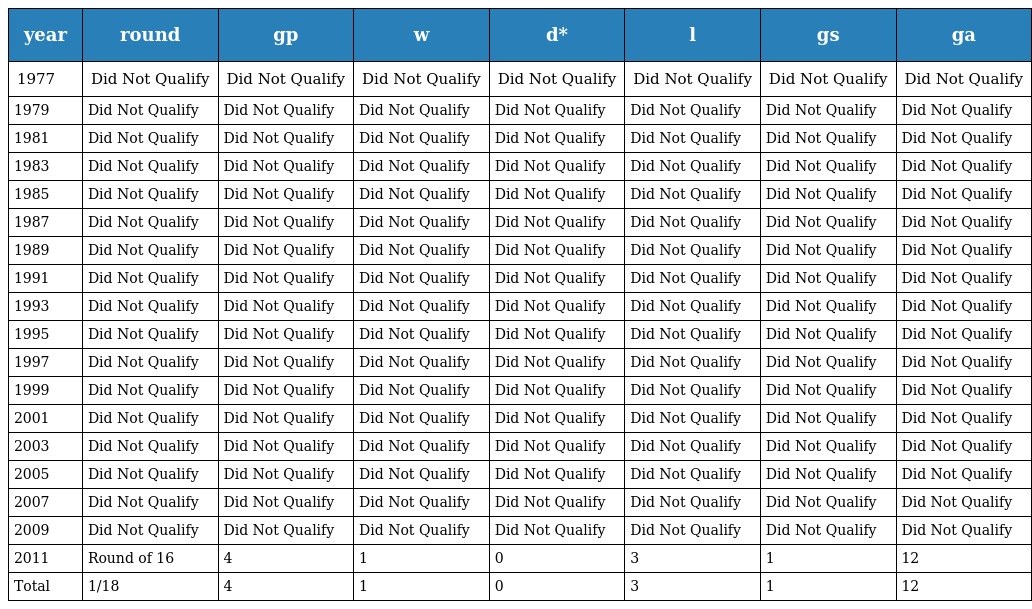
| year | round | gp | w | d* | l | gs | ga |
 | --- | --- | --- | --- | --- | --- | --- | --- |
 | 1977 | Did Not Qualify | Did Not Qualify | Did Not Qualify | Did Not Qualify | Did Not Qualify | Did Not Qualify | Did Not Qualify |
 | 1979 | Did Not Qualify | Did Not Qualify | Did Not Qualify | Did Not Qualify | Did Not Qualify | Did Not Qualify | Did Not Qualify |
 | 1981 | Did Not Qualify | Did Not Qualify | Did Not Qualify | Did Not Qualify | Did Not Qualify | Did Not Qualify | Did Not Qualify |
 | 1983 | Did Not Qualify | Did Not Qualify | Did Not Qualify | Did Not Qualify | Did Not Qualify | Did Not Qualify | Did Not Qualify |
 | 1985 | Did Not Qualify | Did Not Qualify | Did Not Qualify | Did Not Qualify | Did Not Qualify | Did Not Qualify | Did Not Qualify |
 | 1987 | Did Not Qualify | Did Not Qualify | Did Not Qualify | Did Not Qualify | Did Not Qualify | Did Not Qualify | Did Not Qualify |
 | 1989 | Did Not Qualify | Did Not Qualify | Did Not Qualify | Did Not Qualify | Did Not Qualify | Did Not Qualify | Did Not Qualify |
 | 1991 | Did Not Qualify | Did Not Qualify | Did Not Qualify | Did Not Qualify | Did Not Qualify | Did Not Qualify | Did Not Qualify |
 | 1993 | Did Not Qualify | Did Not Qualify | Did Not Qualify | Did Not Qualify | Did Not Qualify | Did Not Qualify | Did Not Qualify |
 | 1995 | Did Not Qualify | Did Not Qualify | Did Not Qualify | Did Not Qualify | Did Not Qualify | Did Not Qualify | Did Not Qualify |
 | 1997 | Did Not Qualify | Did Not Qualify | Did Not Qualify | Did Not Qualify | Did Not Qualify | Did Not Qualify | Did Not Qualify |
 | 1999 | Did Not Qualify | Did Not Qualify | Did Not Qualify | Did Not Qualify | Did Not Qualify | Did Not Qualify | Did Not Qualify |
 | 2001 | Did Not Qualify | Did Not Qualify | Did Not Qualify | Did Not Qualify | Did Not Qualify | Did Not Qualify | Did Not Qualify |
 | 2003 | Did Not Qualify | Did Not Qualify | Did Not Qualify | Did Not Qualify | Did Not Qualify | Did Not Qualify | Did Not Qualify |
 | 2005 | Did Not Qualify | Did Not Qualify | Did Not Qualify | Did Not Qualify | Did Not Qualify | Did Not Qualify | Did Not Qualify |
 | 2007 | Did Not Qualify | Did Not Qualify | Did Not Qualify | Did Not Qualify | Did Not Qualify | Did Not Qualify | Did Not Qualify |
 | 2009 | Did Not Qualify | Did Not Qualify | Did Not Qualify | Did Not Qualify | Did Not Qualify | Did Not Qualify | Did Not Qualify |
 | 2011 | Round of 16 | 4 | 1 | 0 | 3 | 1 | 12 |
 | Total | 1/18 | 4 | 1 | 0 | 3 | 1 | 12 |